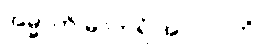
အမ္မာတိ မာတရံ အာလပတိ